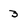
Character: 3